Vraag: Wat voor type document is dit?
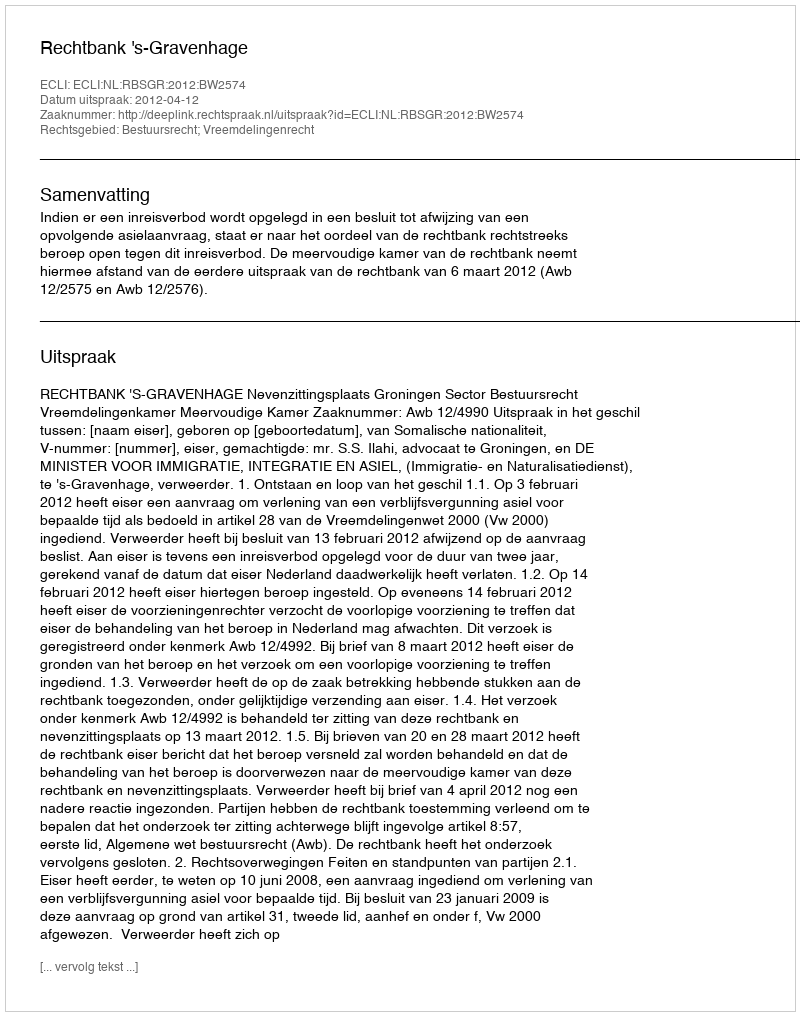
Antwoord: Uitspraak